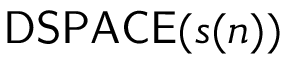
{ \mathsf { D S P A C E } } ( s ( n ) )